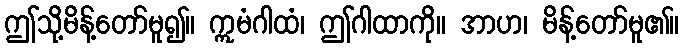
ဤသို့မိန့်တော်မူ၍။ ဣမံဂါထံ၊ ဤဂါထာကို။ အာဟ၊ မိန့်တော်မူ၏။